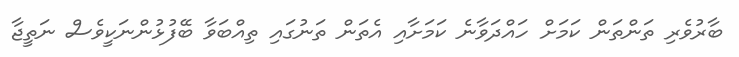
ބާރުވެރި ތަންތަން ކަމަށް ހައްދަވާނެ ކަމަށާއި އެތަން ތަނުގައި ތިއްބަވާ ބޭފުޅުންނަކީވެސް ނަތީޖާ